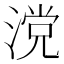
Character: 𣺼